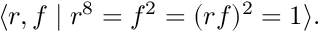
\langle r , f \mid r ^ { 8 } = f ^ { 2 } = ( r f ) ^ { 2 } = 1 \rangle .